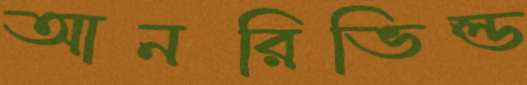
আনরিভিল্ড